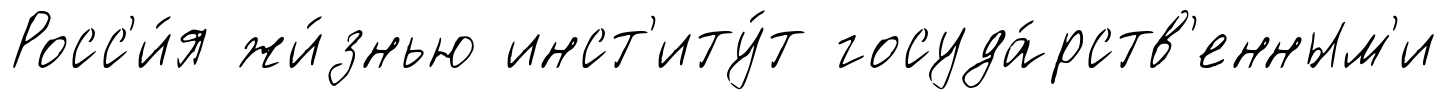
Росс'и́я жи́знью инст'иту́т госуда́рств'енным'и